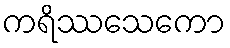
ကရိဿသေကော